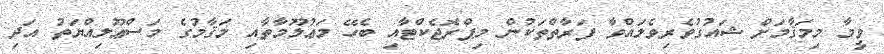
ވީމާ މިމަޤާމަށް ޝައުގުވެރިވެލައްވާ ފަރާތްތަކުން މިޕްރޮޖެކްޓާއި ބެހޭ މަޢުލޫމާތާއި މަޤާމުގެ މަސްޢޫލިއްޔަތު އަދި